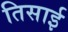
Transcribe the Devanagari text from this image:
तिसाई